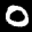
Label: 0